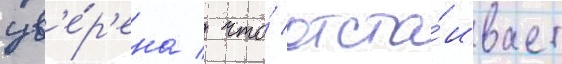
ув'е́р'ена / что́ отста́ивает